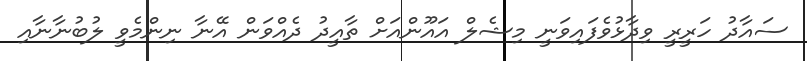
ސައާދު ހަރީރީ ވިދާޅުވެފައިވަނީ މިޝެލް އައޫންއަށް ތާއީދު ދެއްވަން އޭނާ ނިންމެވީ ލުބުނާނާއި